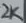
Text: 2K